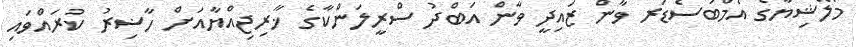
މެލޭޝިޔާގެ އެމްބަސެޑަރ ވާން ޒައިދީ ވާން އަބްދު ސްރީލަންކާގެ ޚާރިޖިއްޔާއަށް ހާޟިރު ކުރައްވައި